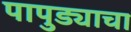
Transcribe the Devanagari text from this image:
पापुड्याचा